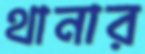
থানার